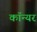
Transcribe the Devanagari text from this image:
कॉन्यर